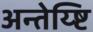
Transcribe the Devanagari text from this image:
अन्तेय्ष्टि